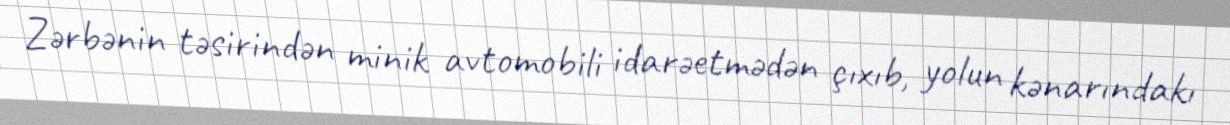
Zərbənin təsirindən minik avtomobili idarəetmədən çıxıb, yolun kənarındakı